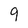
Character: 9